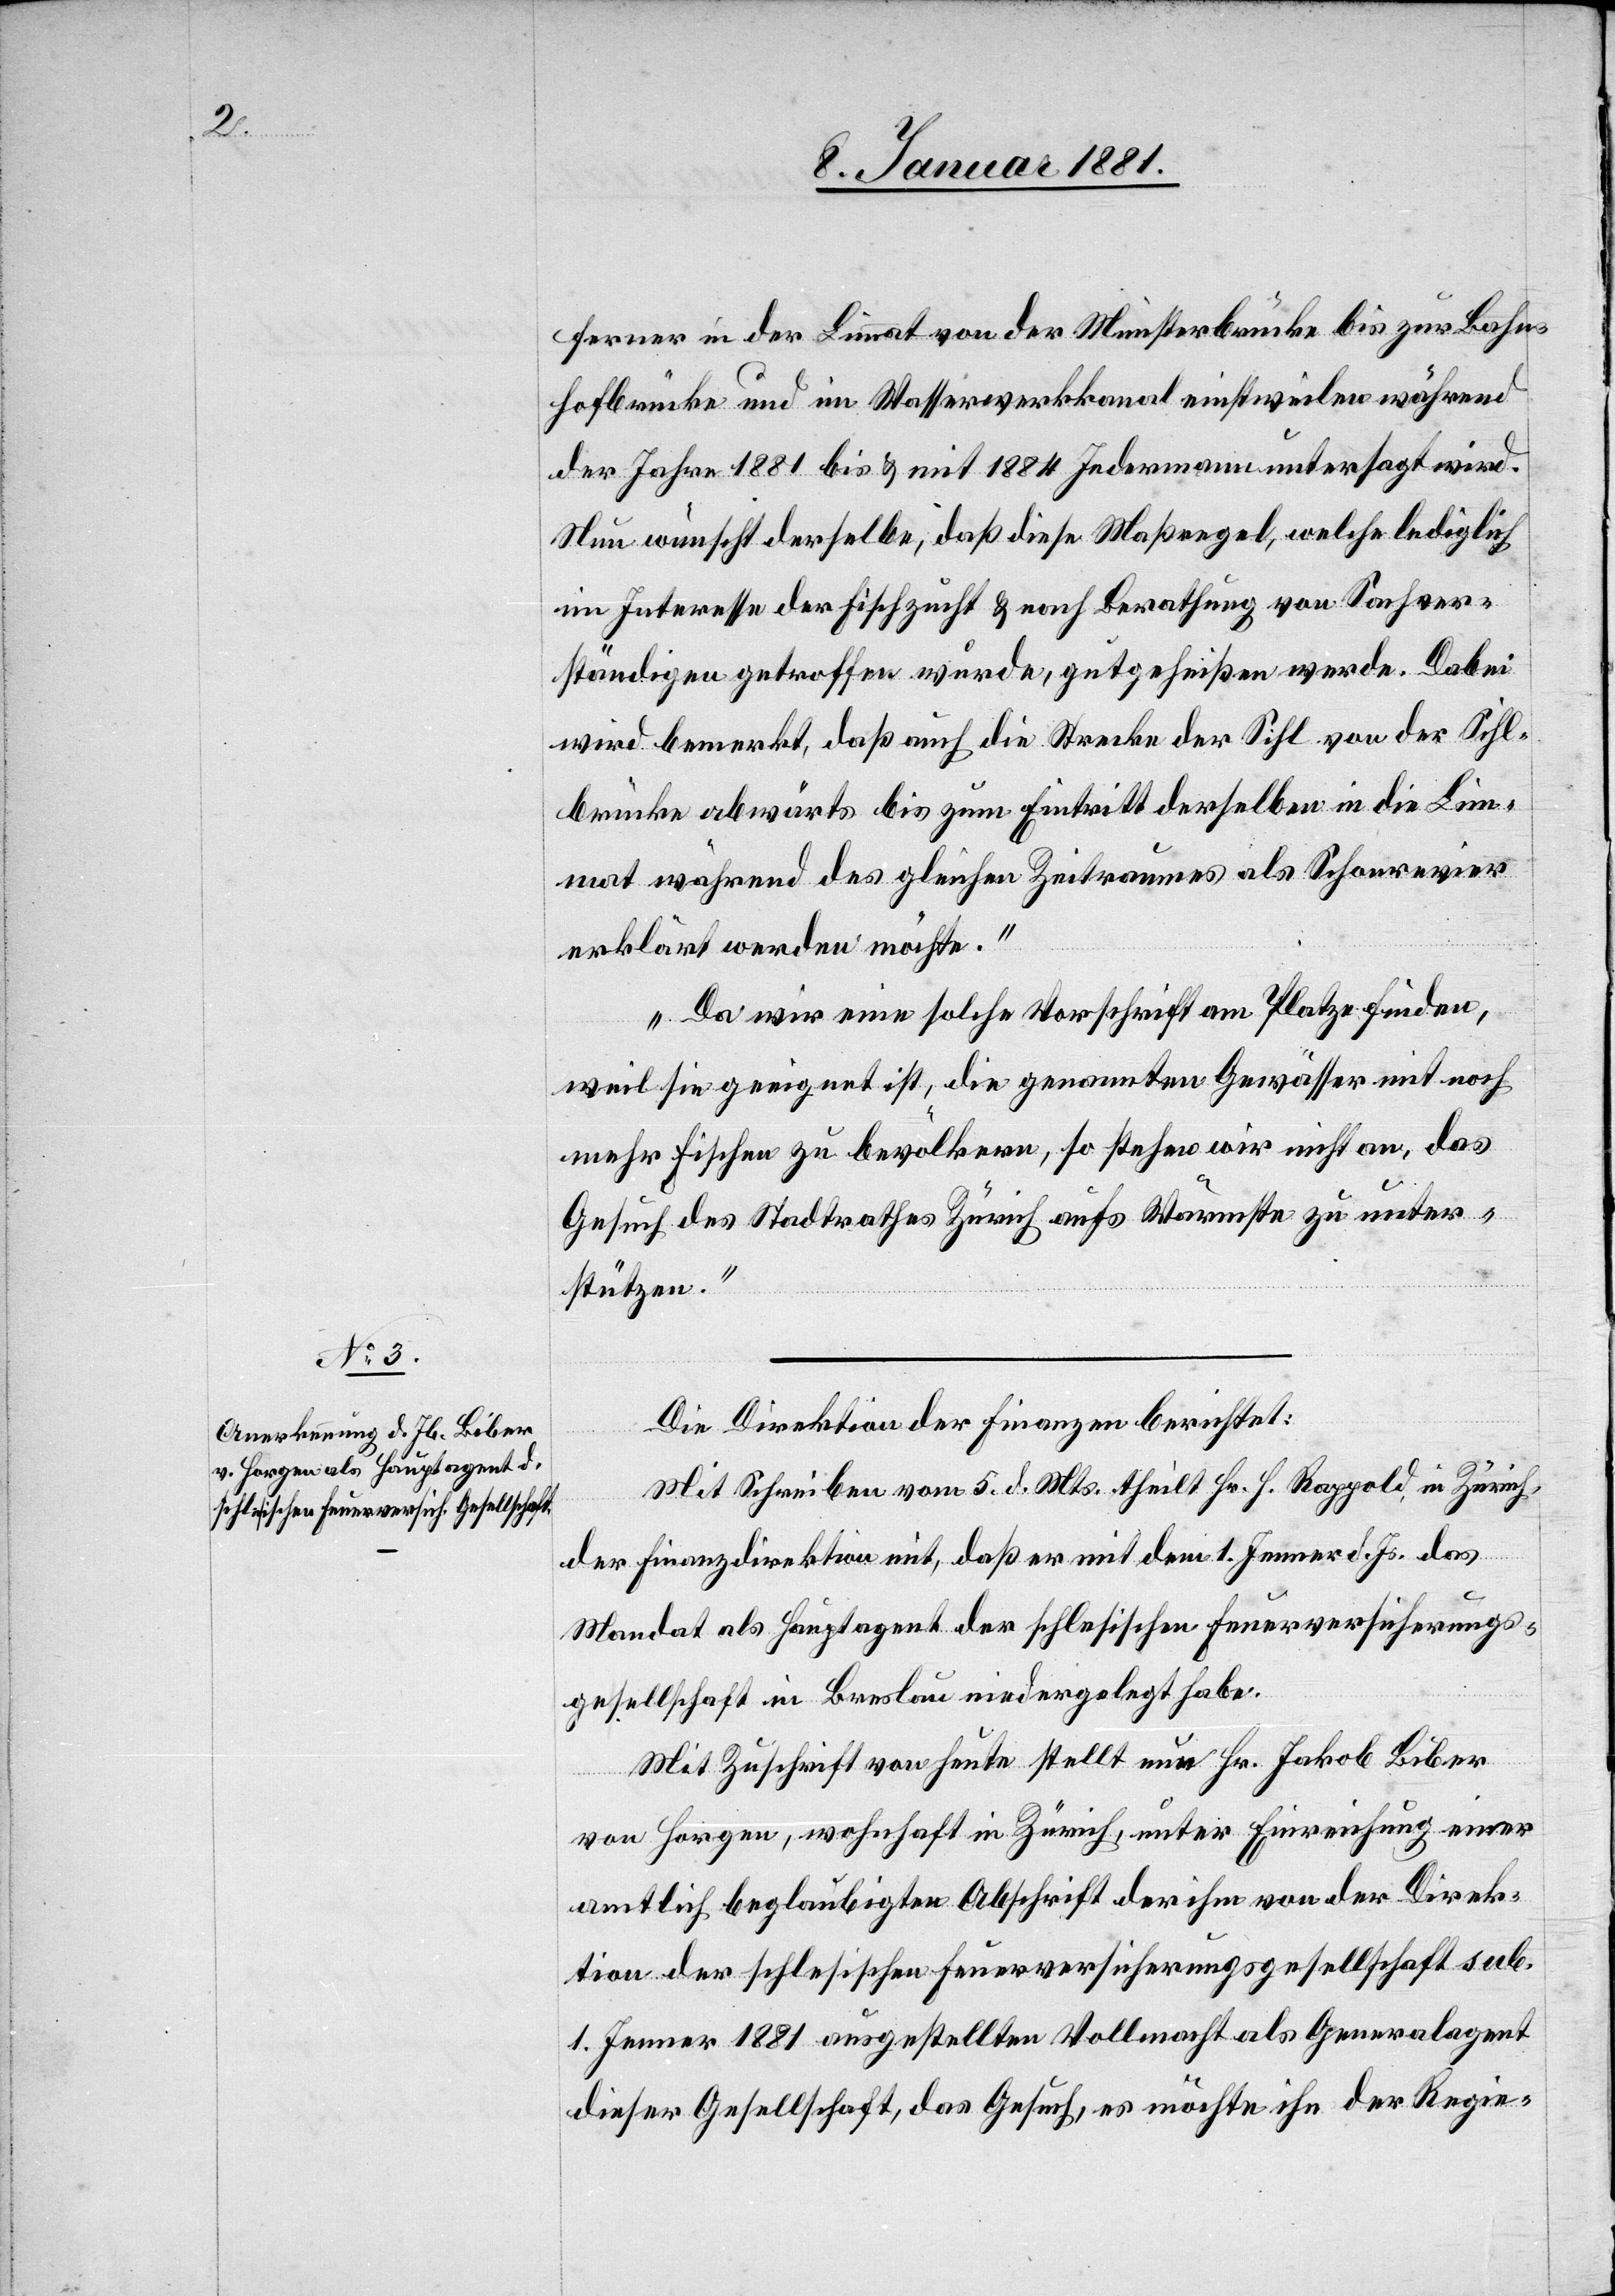
ferner in der Limmat von der Münsterbrücke bis zur Bahn¬
hofbrücke und im Wasserwerkkanal einstweilen während
der Jahre 1881 bis & mit 1884 Jedermann untersagt wird.
Nun wünscht derselbe, daß diese Maßregel, welche lediglich
im Interesse der Fischzucht & nach Berathung von Sachver¬
ständigen getroffen wurde, gutgeheißen werde. Dabei
wird bemerkt, daß auch die Strecke der Sihl von der Sihl¬
brücke abwärts bis zum Eintritt derselben in die Lim¬
mat während des gleichen Zeitraumes als Schonrevier
erklärt werden möchte.“
„Da wir eine solche Vorschrift am Platze finden,
weil sie geeignet ist, die genannten Gewässer mit noch
mehr Fischen zu bevölkern, so stehen wir nicht an, das
Gesuch des Stadtrathes Zürich aufs Wärmste zu unter¬
stützen.“
Die Direktion der Finanzen berichtet:
Mit Schreiben vom 5. d. Mts. theilt Hr. H. Rappold, in Zürich,
der Finanzdirektion mit, daß er mit dem 1. Jenner d. Js. das
Mandat als Hauptagent der schlesischen Feuerversicherungs¬
gesellschaft in Breslau niedergelegt habe.
Mit Zuschrift von heute stellt nun Hr. Jakob Biber
von Horgen, wohnhaft in Zürich, unter Einreichung einer
amtlich beglaubigten Abschrift der ihm von der Direk¬
tion der schlesischen Feuerversicherungsgesellschaft sub.
1. Jenner 1881 angestellten Vollmacht als Generalagent
dieser Gesellschaft, das Gesuch, es möchte ihn der Regie-